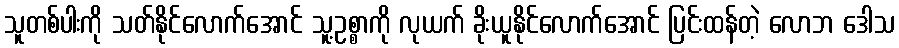
သူတစ်ပါးကို သတ်နိုင်လောက်အောင် သူ့ဥစ္စာကို လုယက် ခိုးယူနိုင်လောက်အောင် ပြင်းထန်တဲ့ လောဘ ဒေါသ